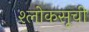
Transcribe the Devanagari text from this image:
श्लोकसूची